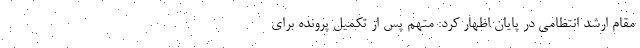
مقام ارشد انتظامی در پایان اظهار کرد: متهم پس از تکمیل پرونده برای